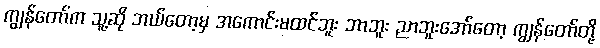
ကျွန်တော်က သူ့ဆို ဘယ်တော့မှ အကောင်းမထင်ဘူး ဘာဘူး ညာဘူးအော်တော့ ကျွန်တော်တို့